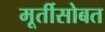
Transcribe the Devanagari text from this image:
मूर्तीसोबत